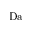
\mathrm { D a }